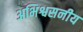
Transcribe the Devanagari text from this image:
अभिश्वसनीय